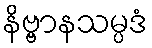
နိဗ္ဗာနသမ္ပဒံ